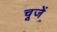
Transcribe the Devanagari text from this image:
चूजें